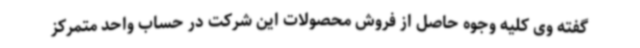
گفته وی کلیه وجوه حاصل از فروش محصولات این شرکت در حساب واحد متمرکز